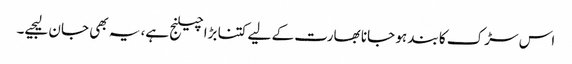
اس سڑک کا بند ہو جانا بھارت کے لیے کتنا بڑا چیلنج ہے، یہ بھی جان لیجیے۔